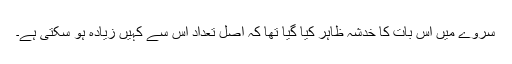
سروے میں اس بات کا خدشہ ظاہر کیا گیا تھا کہ اصل تعداد اس سے کہیں زیادہ ہو سکتی ہے۔